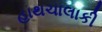
હાથચાલાકી